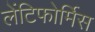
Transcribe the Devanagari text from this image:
लेंटिफोर्मिस